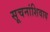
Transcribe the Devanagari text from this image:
सूचनांशिवाय